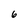
Character: 6